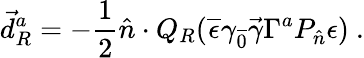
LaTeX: \vec{d}_{R}^{a}=-{\frac{1}{2}}\hat{n}\cdot Q_{R}(\overline{{\epsilon}}\gamma_{\overline{{{0}}}}\vec{\gamma}\Gamma^{a}P_{\hat{n}}\epsilon)\ .